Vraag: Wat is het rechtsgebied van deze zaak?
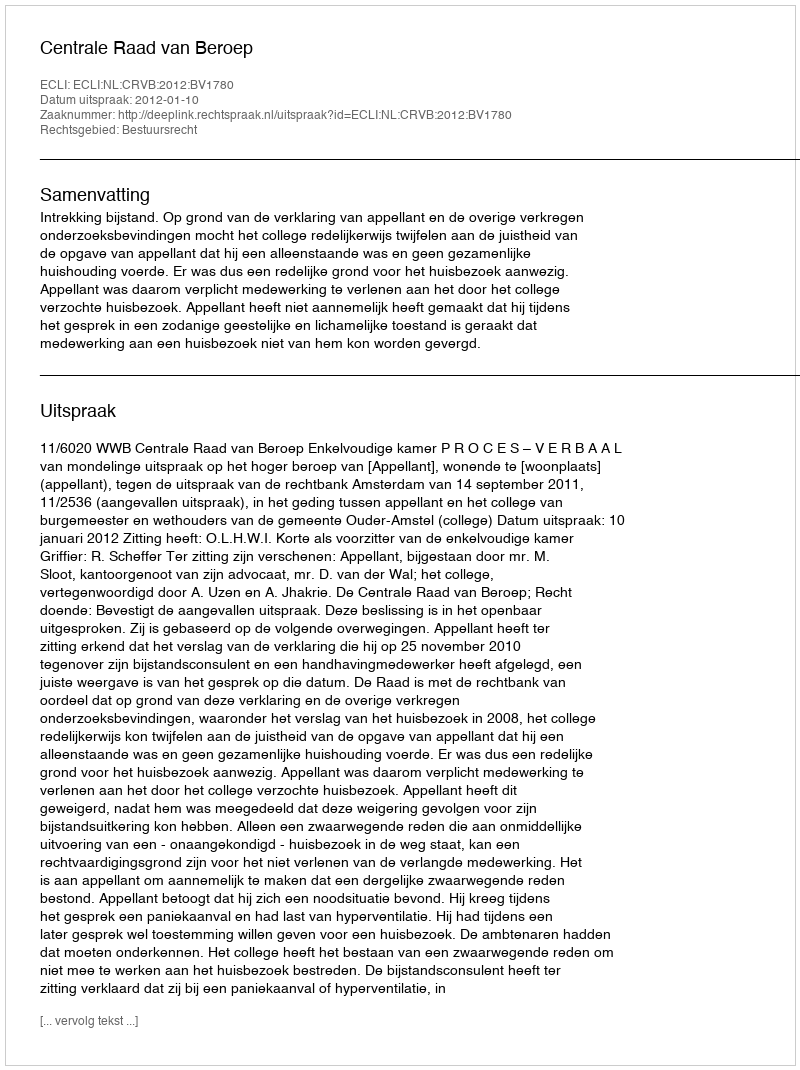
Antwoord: Bestuursrecht